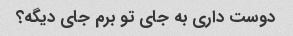
دوست داری به جای تو برم جای دیگه؟